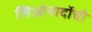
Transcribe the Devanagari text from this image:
लिओनार्दोची